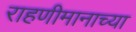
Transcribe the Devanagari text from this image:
राहणीमानाच्या